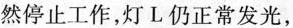
然停止工作，灯L仍正常发光，